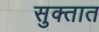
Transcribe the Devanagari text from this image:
सुक्तात